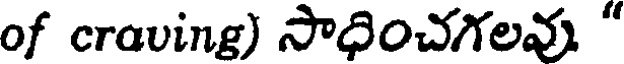
of crauing) సాధించగలవు "